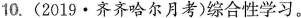
10. (2019·齐齐哈尔月考)综合性学习。